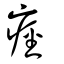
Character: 痙